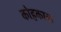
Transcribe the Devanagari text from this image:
कोहकाळ